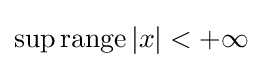
\sup \operatorname {range} |x|<+\infty